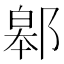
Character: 䣗